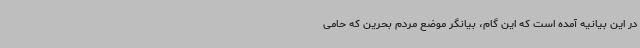
در این بیانیه آمده است که این گام، بیانگر موضع مردم بحرین که حامی